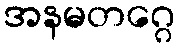
အနမတဂ္ဂေ